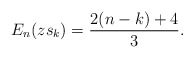
\begin{align*} E_{n}(zs_k)=\frac{2(n-k)+4}{3}. \end{align*}